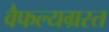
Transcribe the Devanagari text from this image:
वैफल्यग्रस्त